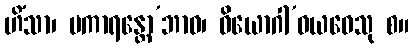
ဟိံသာ၊ ပကာရန္တော’ဘာဝ၊ ဝိယောဂါ’ဝယဝေသု စ။